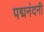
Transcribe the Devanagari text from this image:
पद्मनंदनी